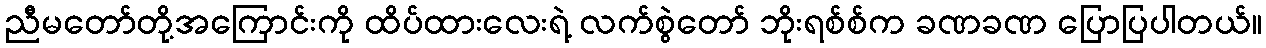
ညီမတော်တို့အကြောင်းကို ထိပ်ထားလေးရဲ့ လက်စွဲတော် ဘိုးရစ်စ်က ခဏခဏ ပြောပြပါတယ်။